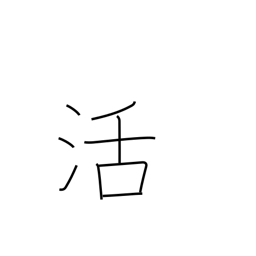
Meaning: resuscitation